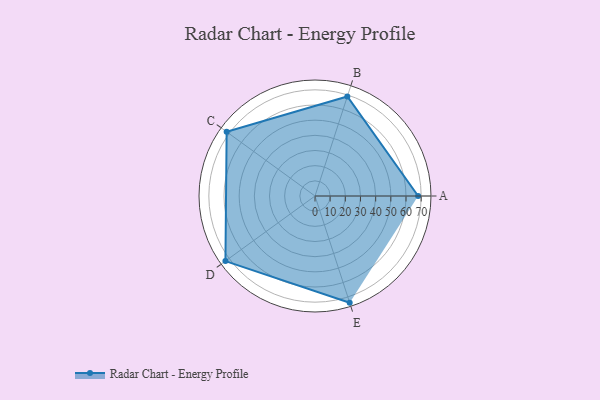
{"axis": {"x": "Skill", "y": "Score"}, "legend": ["Profile"], "data": [{"x": "A", "y": 68.0, "type": "Profile"}, {"x": "B", "y": 69.0, "type": "Profile"}, {"x": "C", "y": 72.0, "type": "Profile"}, {"x": "D", "y": 73.0, "type": "Profile"}, {"x": "E", "y": 74.0, "type": "Profile"}]}